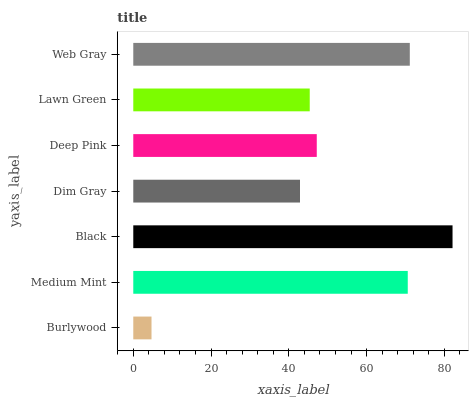
| yaxis_label | bars |
 | --- | --- |
 | Burlywood | 4.69 |
 | Medium Mint | 70.6 |
 | Black | 82.1 |
 | Dim Gray | 42.9 |
 | Deep Pink | 47.2 |
 | Lawn Green | 45.4 |
 | Web Gray | 71.1 |